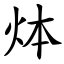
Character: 㶱